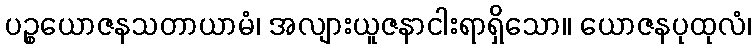
ပဉ္စယောဇနသတာယာမံ၊ အလျားယူဇနာငါးရာရှိသော။ ယောဇနပုထုလံ၊